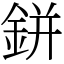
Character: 鉼